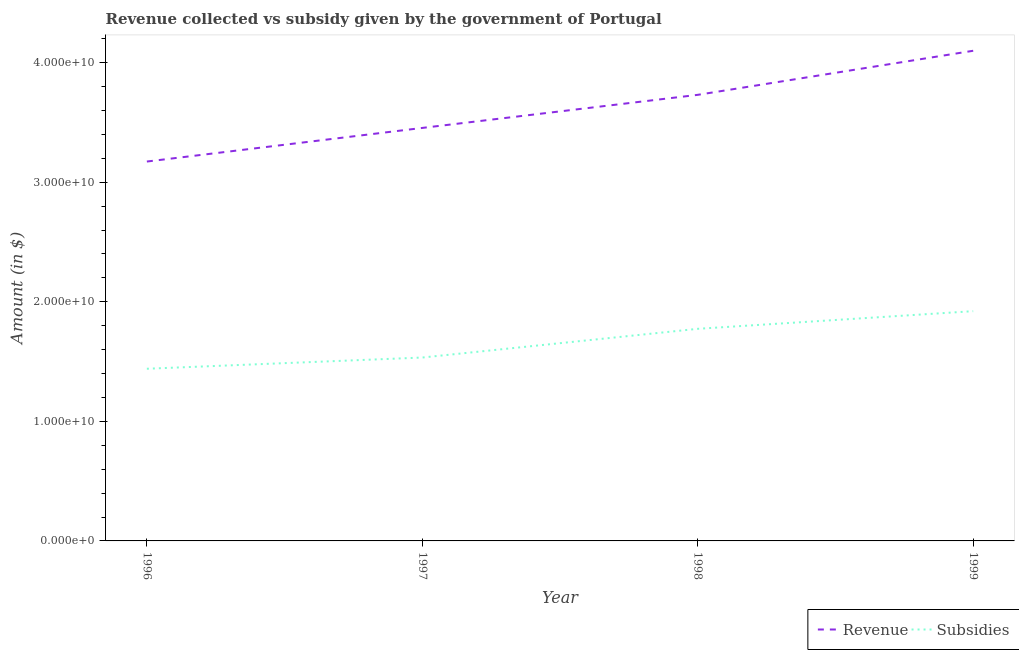
| Year | Revenue | Subsidies |
 | --- | --- | --- |
 | 1996 | 3.17e+10 | 1.44e+10 |
 | 1997 | 3.45e+10 | 1.53e+10 |
 | 1998 | 3.73e+10 | 1.77e+10 |
 | 1999 | 4.1e+10 | 1.92e+10 |